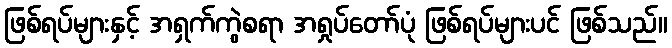
ဖြစ်ရပ်များနှင့် အရှက်ကွဲစရာ အရှုပ်တော်ပုံ ဖြစ်ရပ်များပင် ဖြစ်သည်။